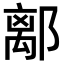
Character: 𨝏